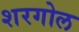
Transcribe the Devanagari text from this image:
शरगोल